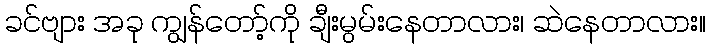
ခင်ဗျား အခု ကျွန်တော့်ကို ချီးမွမ်းနေတာလား၊ ဆဲနေတာလား။